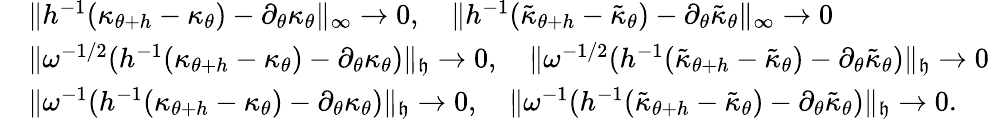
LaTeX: \begin{array}{rl}&{\| h^{-1}(\kappa_{\theta+h}-\kappa_{\theta})-\partial_{\theta}\kappa_{\theta}\| _{\infty}\to 0,\quad\| h^{-1}(\tilde{\kappa}_{\theta+h}-\tilde{\kappa}_{\theta})-\partial_{\theta}\tilde{\kappa}_{\theta}\| _{\infty}\to 0}\\ &{\| \omega^{-1/2}(h^{-1}(\kappa_{\theta+h}-\kappa_{\theta})-\partial_{\theta}\kappa_{\theta})\| _{\mathfrak{h}}\to 0,\quad\| \omega^{-1/2}(h^{-1}(\tilde{\kappa}_{\theta+h}-\tilde{\kappa}_{\theta})-\partial_{\theta}\tilde{\kappa}_{\theta})\| _{\mathfrak{h}}\to 0}\\ &{\| \omega^{-1}(h^{-1}(\kappa_{\theta+h}-\kappa_{\theta})-\partial_{\theta}\kappa_{\theta})\| _{\mathfrak{h}}\to 0,\quad\| \omega^{-1}(h^{-1}(\tilde{\kappa}_{\theta+h}-\tilde{\kappa}_{\theta})-\partial_{\theta}\tilde{\kappa}_{\theta})\| _{\mathfrak{h}}\to 0.}\end{array}